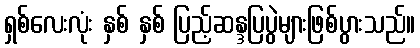
ရှစ်လေးလုံး နှစ် နှစ် ပြည့်ဆန္ဒပြပွဲများဖြစ်ပွားသည်။